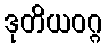
ဒုတိယဝဂ္ဂ